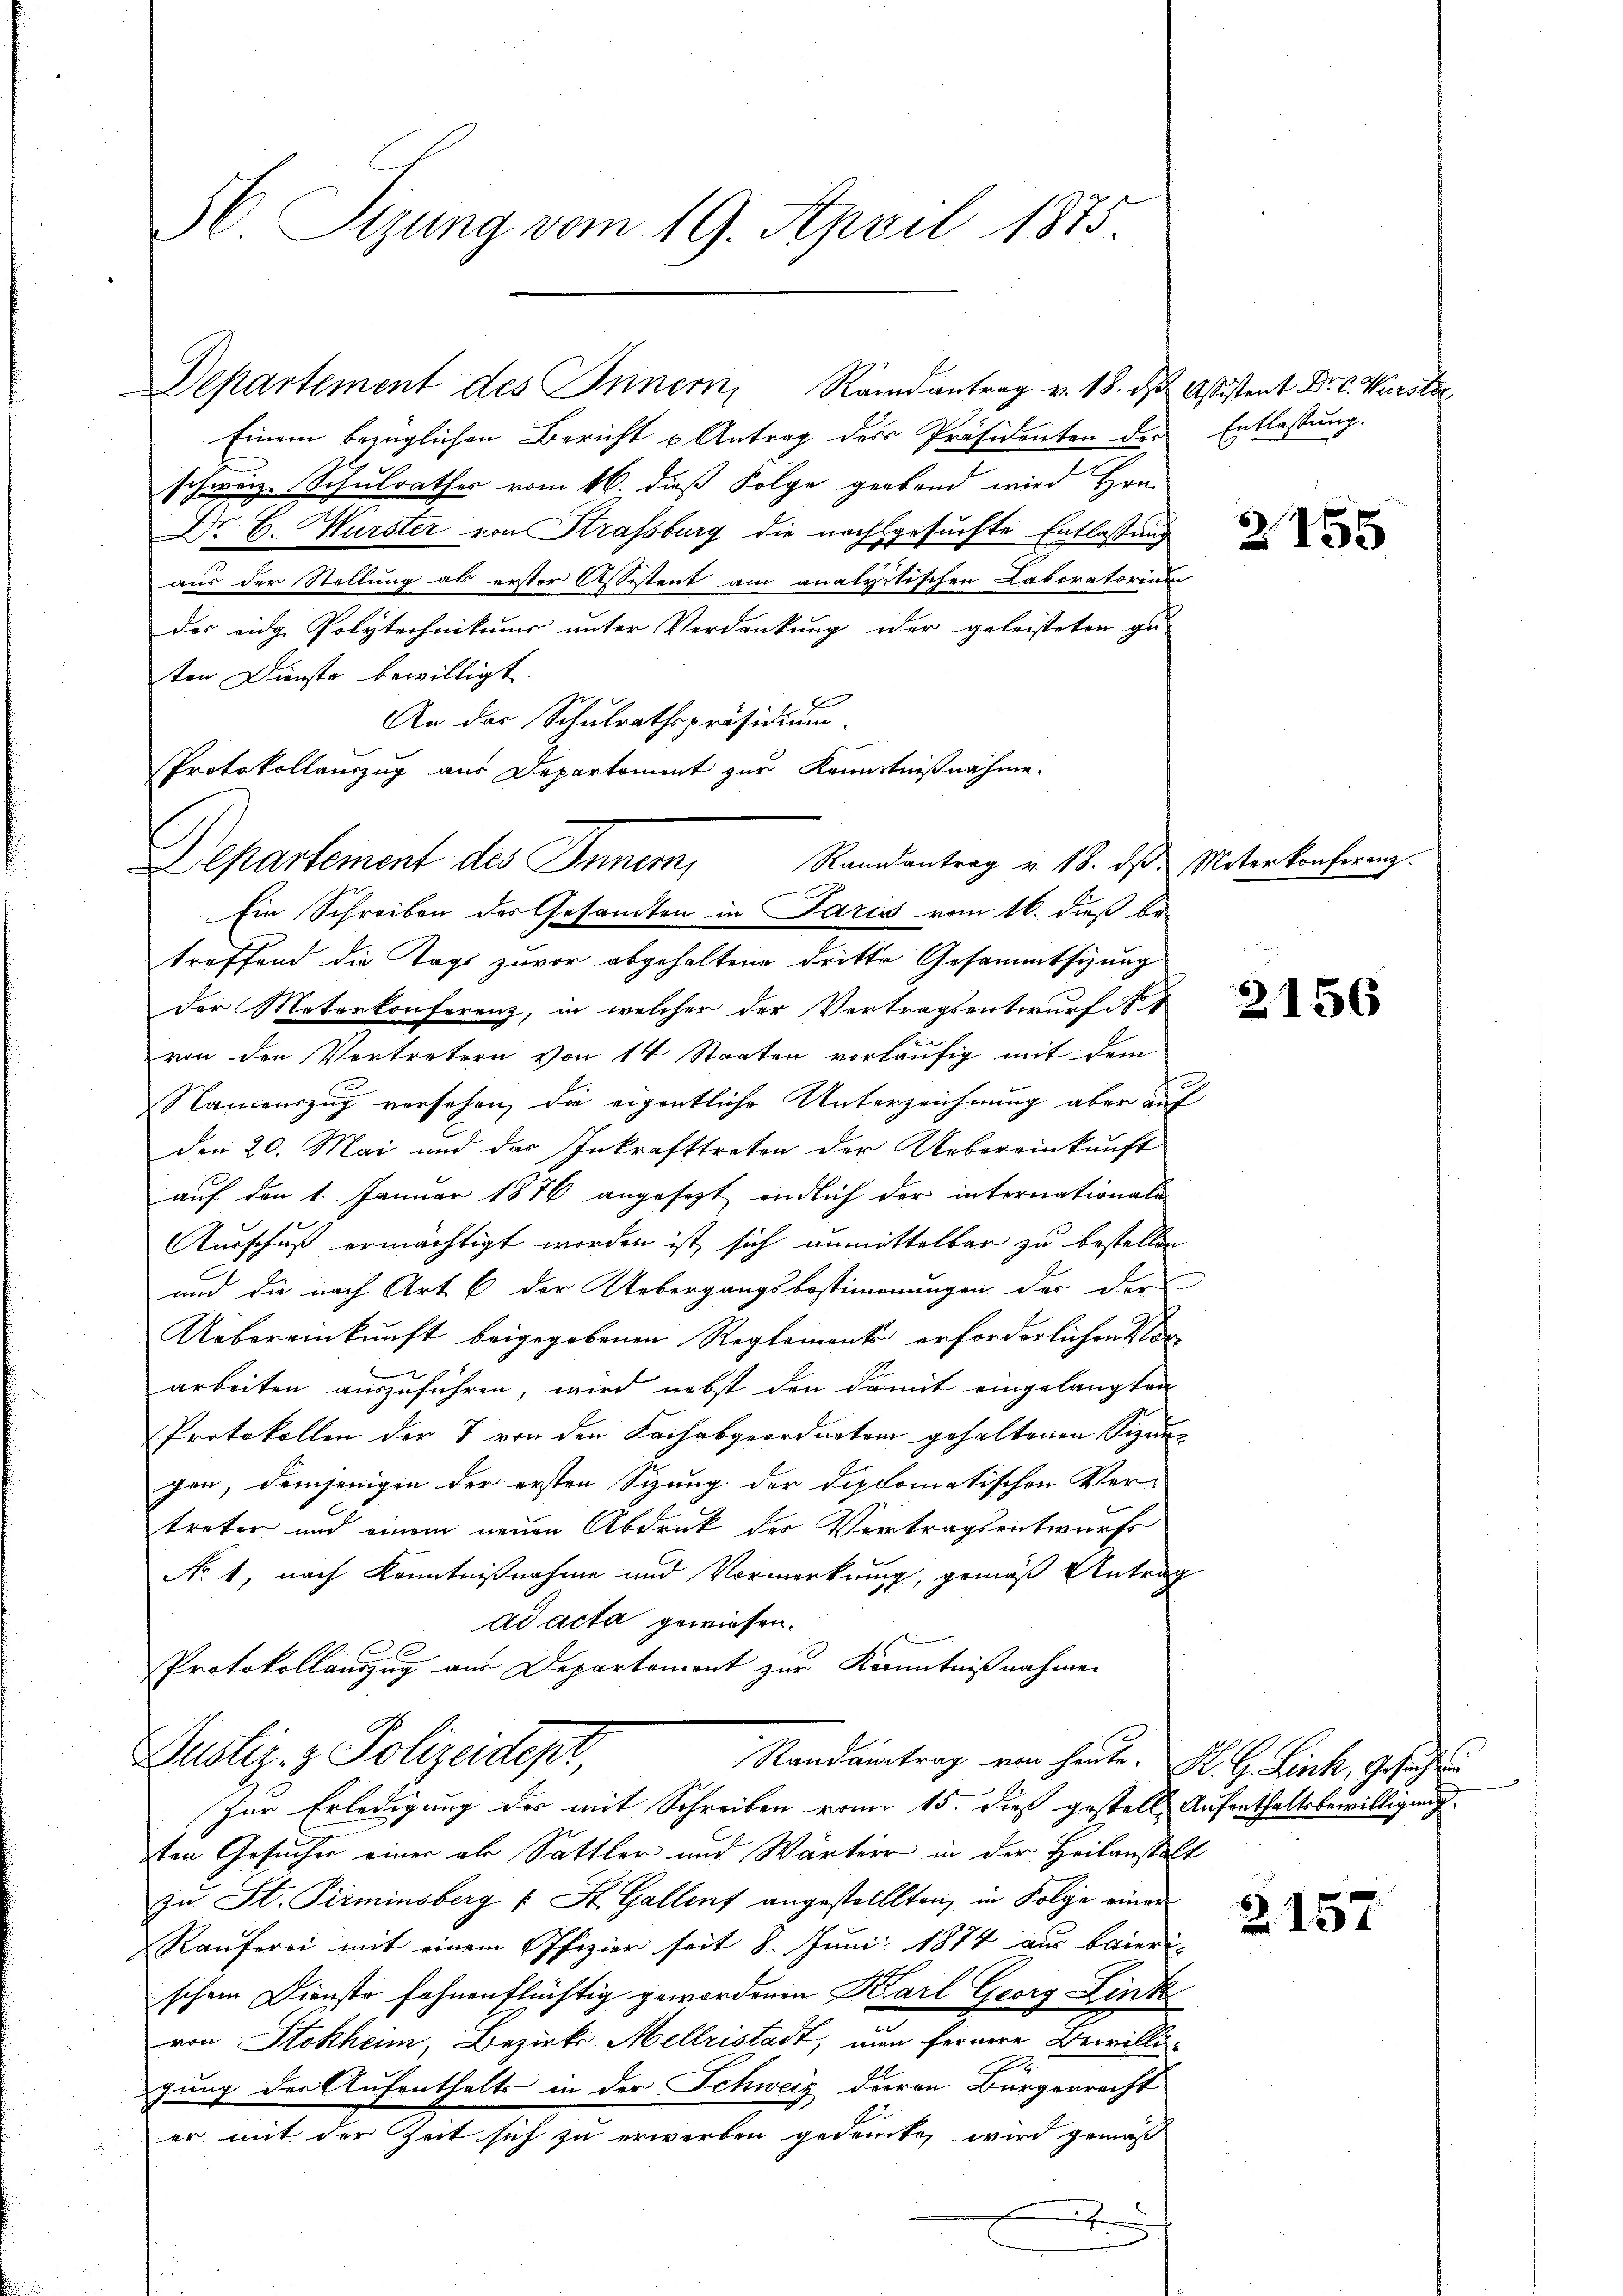
56 Sizung vom 19. April 1875

Einem bezüglichen Bericht u Antrag des Präsidenten der
schweiz. Schulrathes vom 16. dieß Folge gerband wird Hrn.
Dr. C. Wurster von Strassburg die nachgesuchte Entlassung
aus der Stellung als erster Assistent am analitischen Laboratorium
das eidg. Polytechnikums unter Verdankung oder geleisteten gu-
ten Dienste bewilligt.
An der Schulrathspräsidium.
Protokollauszug aus Departoment zur Kenntnißnahme.
Departement des Innern,
treffend die Tage zuvor abgehaltene dritte Gesammtsitzung
der Materkonferenz, in welcher der Vertragsentwurf No 1
von den Vertretern von 14 Staaten vorläufig mit dem
Namenszug versehen, die eigentliche Unterzeichnung aber auf
den 20. Mai und des Inkrafttreten der Uebereinkunft
auf den 1. Januar 1876 angesezt endlich der internationale
Ausschuß ermächtigt worden ist, sich unmittelbar zu bestellen,
und die nach Art. 6 der Uebergangsbestimmungen der der
Uebereinkunft beigegebenen Reglemente erforderlichen Vor-
arbeiten auszuführen, wird nebst den damit eingelangten
Protokollen der 7 von den Fachabgeordneten gehaltenen Sizungen, demjenigen der ersten Sizung der Diplomatischen Vertreter und einem neuen Abdruck der Vertragsentwurfs
No 1, nach Kenntnißnahme und Vormerkung, gemäß Antrag
ad acta gewiesen.
Protokollauszug aus Departement zur Kenntnißnahmen
Justiz- & Polizeidepi,
Standeintrag von heute. K. G. Link, Gesuchen
Zur Erledigung der mit Schreiben vom 15. dieß gestell-
ten Gesucher einer als Sattler und Wärter in der Heilansta
zu St. Pirminsberg u St. Gallenf angestellten, in Folge einer
Räuferei mit einem Offizier seit 8. Juni 1874 aus baieri
schen Dienste fahnenflüchtig gewordenen Karl Georg Link
e
von Stokheim, Bezirks Mellristadt, nun fernere Bewilligung der Aufenthalts in der Schweiz dieren Bürgerrecht
er mit der Zeit sich zu erwerben gedencke, wird gemäß
J

Departement des Innern, Randantrag v. 18. ds Aßistent Dr. C. Wurster,

Ein Schreiben des Gesandten in Paris vom 16. dieß be¬

Randantrag v. 18. dβ. Materkonferenz.

Entlassung.

2

2455

2156

Aufenthaltsbewilligung
e

2157